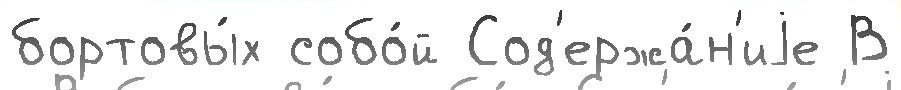
бортовы́х собо́й Сод'ержа́н'иjе В